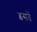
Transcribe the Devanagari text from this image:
इसतें